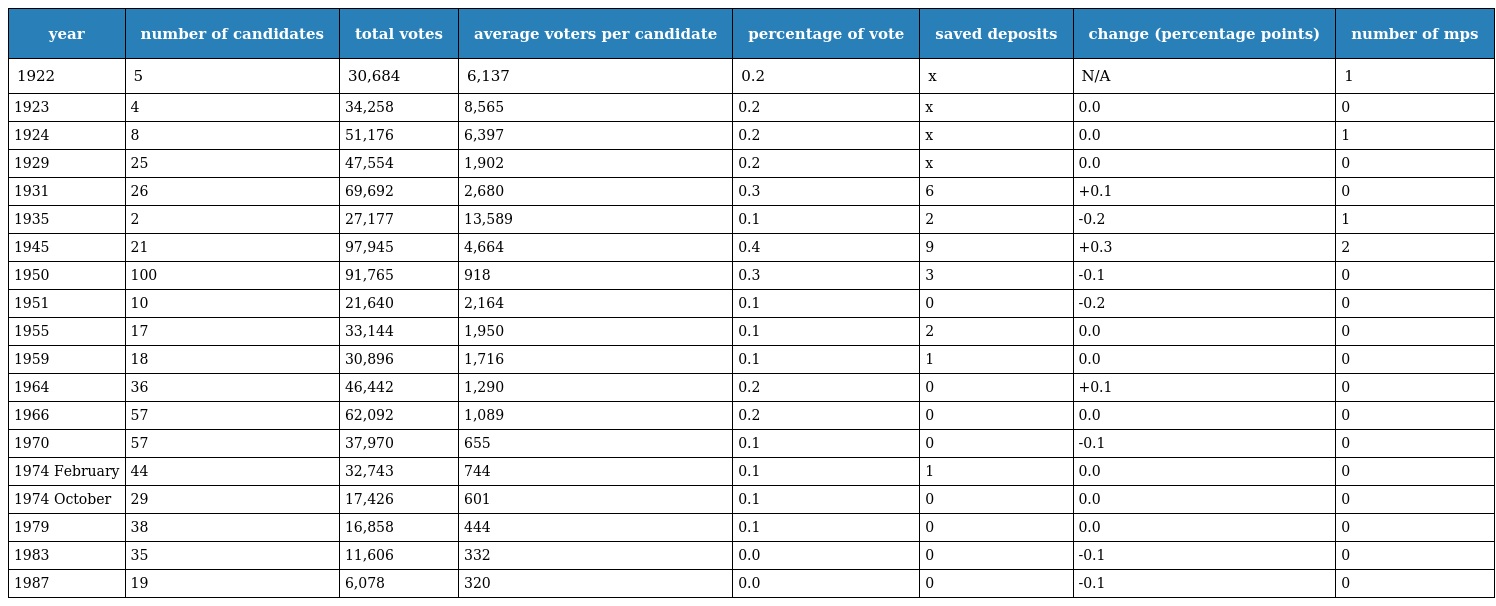
| year | number of candidates | total votes | average voters per candidate | percentage of vote | saved deposits | change (percentage points) | number of mps |
 | --- | --- | --- | --- | --- | --- | --- | --- |
 | 1922 | 5 | 30,684 | 6,137 | 0.2 | x | N/A | 1 |
 | 1923 | 4 | 34,258 | 8,565 | 0.2 | x | 0.0 | 0 |
 | 1924 | 8 | 51,176 | 6,397 | 0.2 | x | 0.0 | 1 |
 | 1929 | 25 | 47,554 | 1,902 | 0.2 | x | 0.0 | 0 |
 | 1931 | 26 | 69,692 | 2,680 | 0.3 | 6 | +0.1 | 0 |
 | 1935 | 2 | 27,177 | 13,589 | 0.1 | 2 | -0.2 | 1 |
 | 1945 | 21 | 97,945 | 4,664 | 0.4 | 9 | +0.3 | 2 |
 | 1950 | 100 | 91,765 | 918 | 0.3 | 3 | -0.1 | 0 |
 | 1951 | 10 | 21,640 | 2,164 | 0.1 | 0 | -0.2 | 0 |
 | 1955 | 17 | 33,144 | 1,950 | 0.1 | 2 | 0.0 | 0 |
 | 1959 | 18 | 30,896 | 1,716 | 0.1 | 1 | 0.0 | 0 |
 | 1964 | 36 | 46,442 | 1,290 | 0.2 | 0 | +0.1 | 0 |
 | 1966 | 57 | 62,092 | 1,089 | 0.2 | 0 | 0.0 | 0 |
 | 1970 | 57 | 37,970 | 655 | 0.1 | 0 | -0.1 | 0 |
 | 1974 February | 44 | 32,743 | 744 | 0.1 | 1 | 0.0 | 0 |
 | 1974 October | 29 | 17,426 | 601 | 0.1 | 0 | 0.0 | 0 |
 | 1979 | 38 | 16,858 | 444 | 0.1 | 0 | 0.0 | 0 |
 | 1983 | 35 | 11,606 | 332 | 0.0 | 0 | -0.1 | 0 |
 | 1987 | 19 | 6,078 | 320 | 0.0 | 0 | -0.1 | 0 |